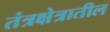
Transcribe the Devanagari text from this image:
तंत्रक्षेत्रातील